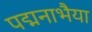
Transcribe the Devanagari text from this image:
पद्मनाभैया